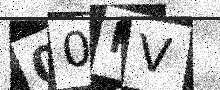
Text: 00NV